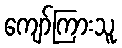
ကျော်ကြားသူ